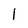
Character: 1